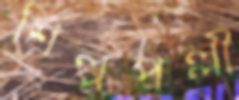
শিল্পপল্লী